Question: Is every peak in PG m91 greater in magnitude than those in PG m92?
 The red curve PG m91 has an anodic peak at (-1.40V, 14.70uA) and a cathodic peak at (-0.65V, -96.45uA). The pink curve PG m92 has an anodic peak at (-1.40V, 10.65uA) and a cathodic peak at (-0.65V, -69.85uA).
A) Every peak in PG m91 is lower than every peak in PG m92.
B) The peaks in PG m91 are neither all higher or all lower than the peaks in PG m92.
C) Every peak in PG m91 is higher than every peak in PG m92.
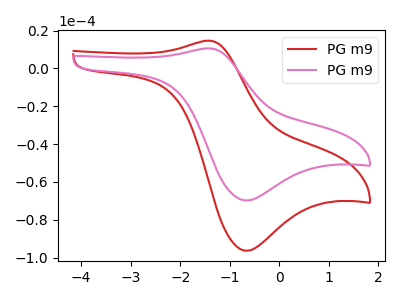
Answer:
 <answer>C) Every peak in "PG m91" is higher than every peak in "PG m92".</answer>
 <eval>C</eval>